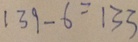
1 3 9 - 6 = 1 3 3